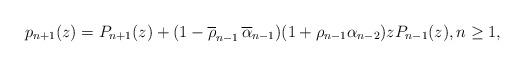
LaTeX: \begin{align*} p_{n+1}(z) = P_{n+1}(z) + (1 - \overline{\rho}_{n-1}\,\overline{ \alpha}_{n-1})(1 + \rho_{n-1} \alpha_{n-2}) z P_{n-1} (z), n\geq 1,\end{align*}